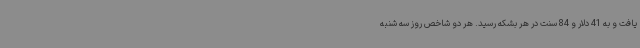
یافت و به 41 دلار و 84 سنت در هر بشکه رسید. هر دو شاخص روز سه شنبه